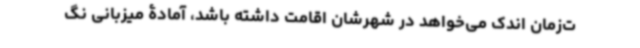
ت‌زمان اندک می‌خواهد در شهرشان اقامت داشته باشد، آمادۀ میزبانی نگ